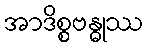
အာဒိစ္စဗန္ဓုဿ